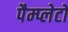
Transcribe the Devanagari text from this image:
पैम्प्लेटों